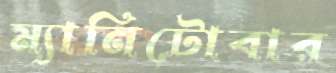
ম্যানিটোবার